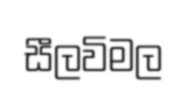
සීලවිමල